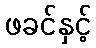
ဖခင်နှင့်